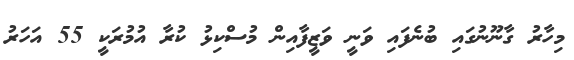
މިހާރު ގާނޫނުގައި ބުނެފައި ވަނީ ވަޒީފާއިން މުސްކިޅު ކުރާ އުމުރަކީ 55 އަހަރު